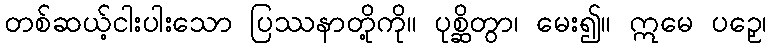
တစ်ဆယ့်ငါးပါးသော ပြဿနာတို့ကို။ ပုစ္ဆိတွာ၊ မေး၍။ ဣမေ ပဉှေ၊